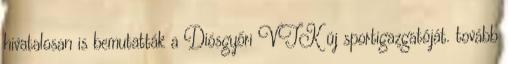
hivatalosan is bemutatták a Diósgyőri VTK új sportigazgatóját. tovább